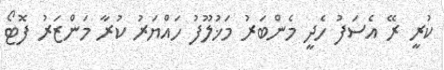
ކުރީ ރޭ އެސަފު ހެދީ މެންބަރު މަޚުލޫފު ހައްޔަރު ކުރާ މަންޒަރު ފޮޓޯ